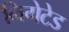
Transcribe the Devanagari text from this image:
निगेटेड